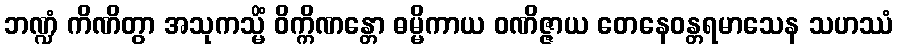
ဘဏ္ဍံ ကိဏိတွာ အသုကသ္မိံ ဝိက္ကိဏန္တော ဓမ္မိကာယ ဝဏိဇ္ဇာယ တေနေဝန္တရမာသေန သဟဿံ